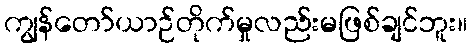
ကျွန်တော်ယာဉ်တိုက်မှုလည်းမဖြစ်ချင်ဘူး။